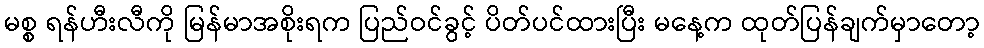
မစ္စ ရန်ဟီးလီကို မြန်မာအစိုးရက ပြည်ဝင်ခွင့် ပိတ်ပင်ထားပြီး မနေ့က ထုတ်ပြန်ချက်မှာတော့